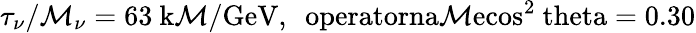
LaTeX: \tau_{\nu}/\mathcal{M}_{\nu}=63\mathrm{{~k\mathcal{M}/GeV,\ \ operatorna\mathcal{M}e{cos}^{2}\ theta=0.30}}